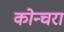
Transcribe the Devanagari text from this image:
कोन्चरा